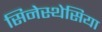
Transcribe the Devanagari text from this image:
सिनेस्थेसिया